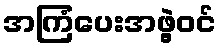
အကြံပေးအဖွဲ့ဝင်